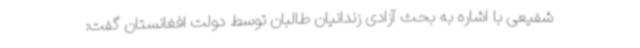
شفیعی با اشاره به بحث آزادی زندانیان طالبان توسط دولت افغانستان گفت: